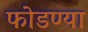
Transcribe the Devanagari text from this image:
फोडण्या